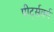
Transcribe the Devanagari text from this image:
पीर्ट्सवर्ग